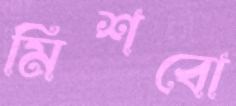
মিশবো